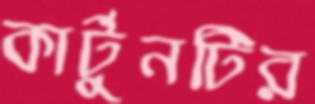
কার্টুনটির